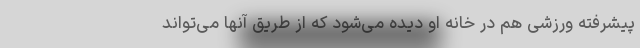
پیشرفته ورزشی هم در خانه او دیده می‌شود که از طریق آنها می‌تواند